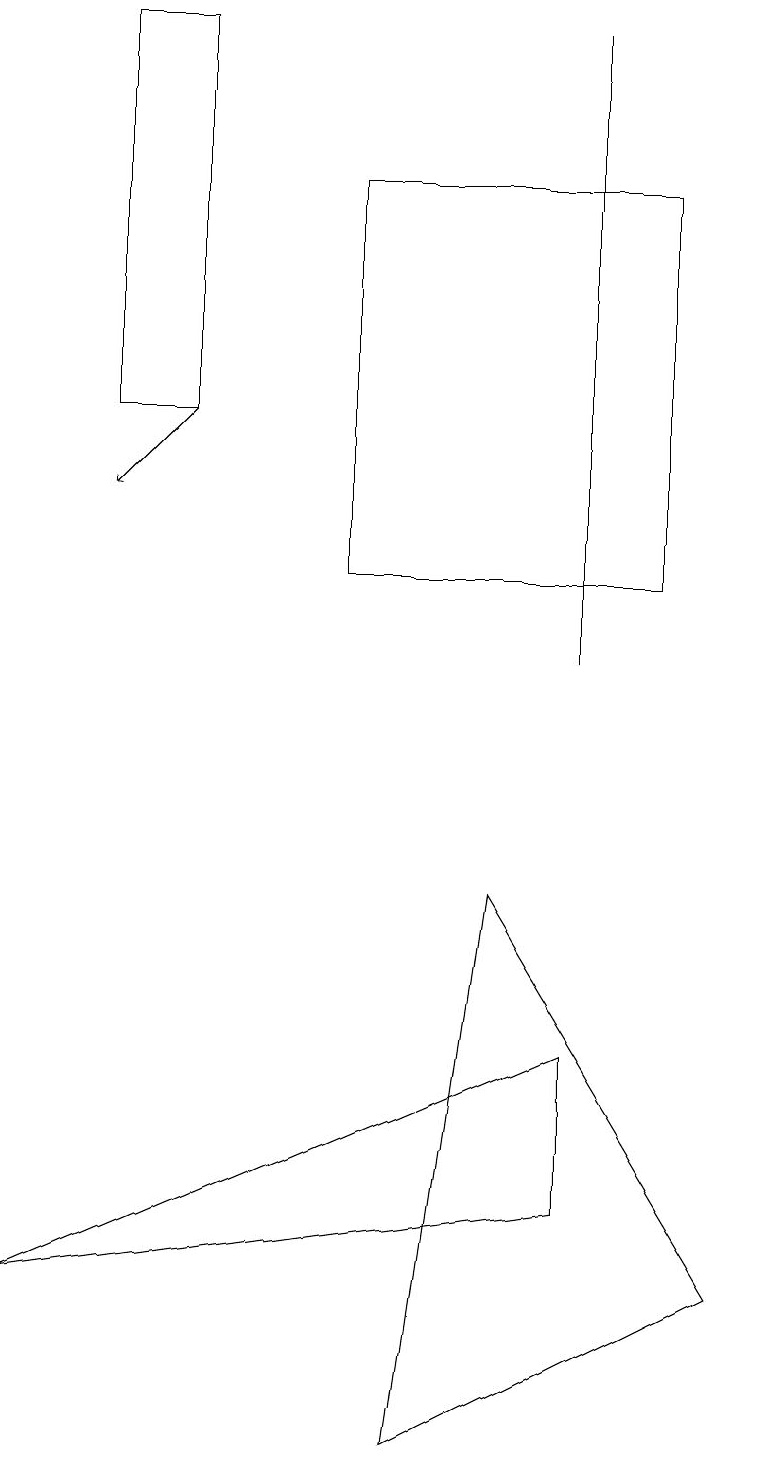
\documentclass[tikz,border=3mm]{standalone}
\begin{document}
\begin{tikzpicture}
\draw (0,3) -- (7,6) -- (7,4) -- cycle;
\draw (9,3) -- (5,1) -- (6,8) -- cycle;
\draw (8,17) rectangle (4,12);
\draw (2,19) rectangle (1,14);
\draw (7,11) rectangle (7,19);
\draw[->] (2,14) -- (1,13);
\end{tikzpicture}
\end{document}